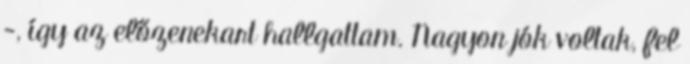
-, így az előzenekart hallgattam. Nagyon jók voltak, fel